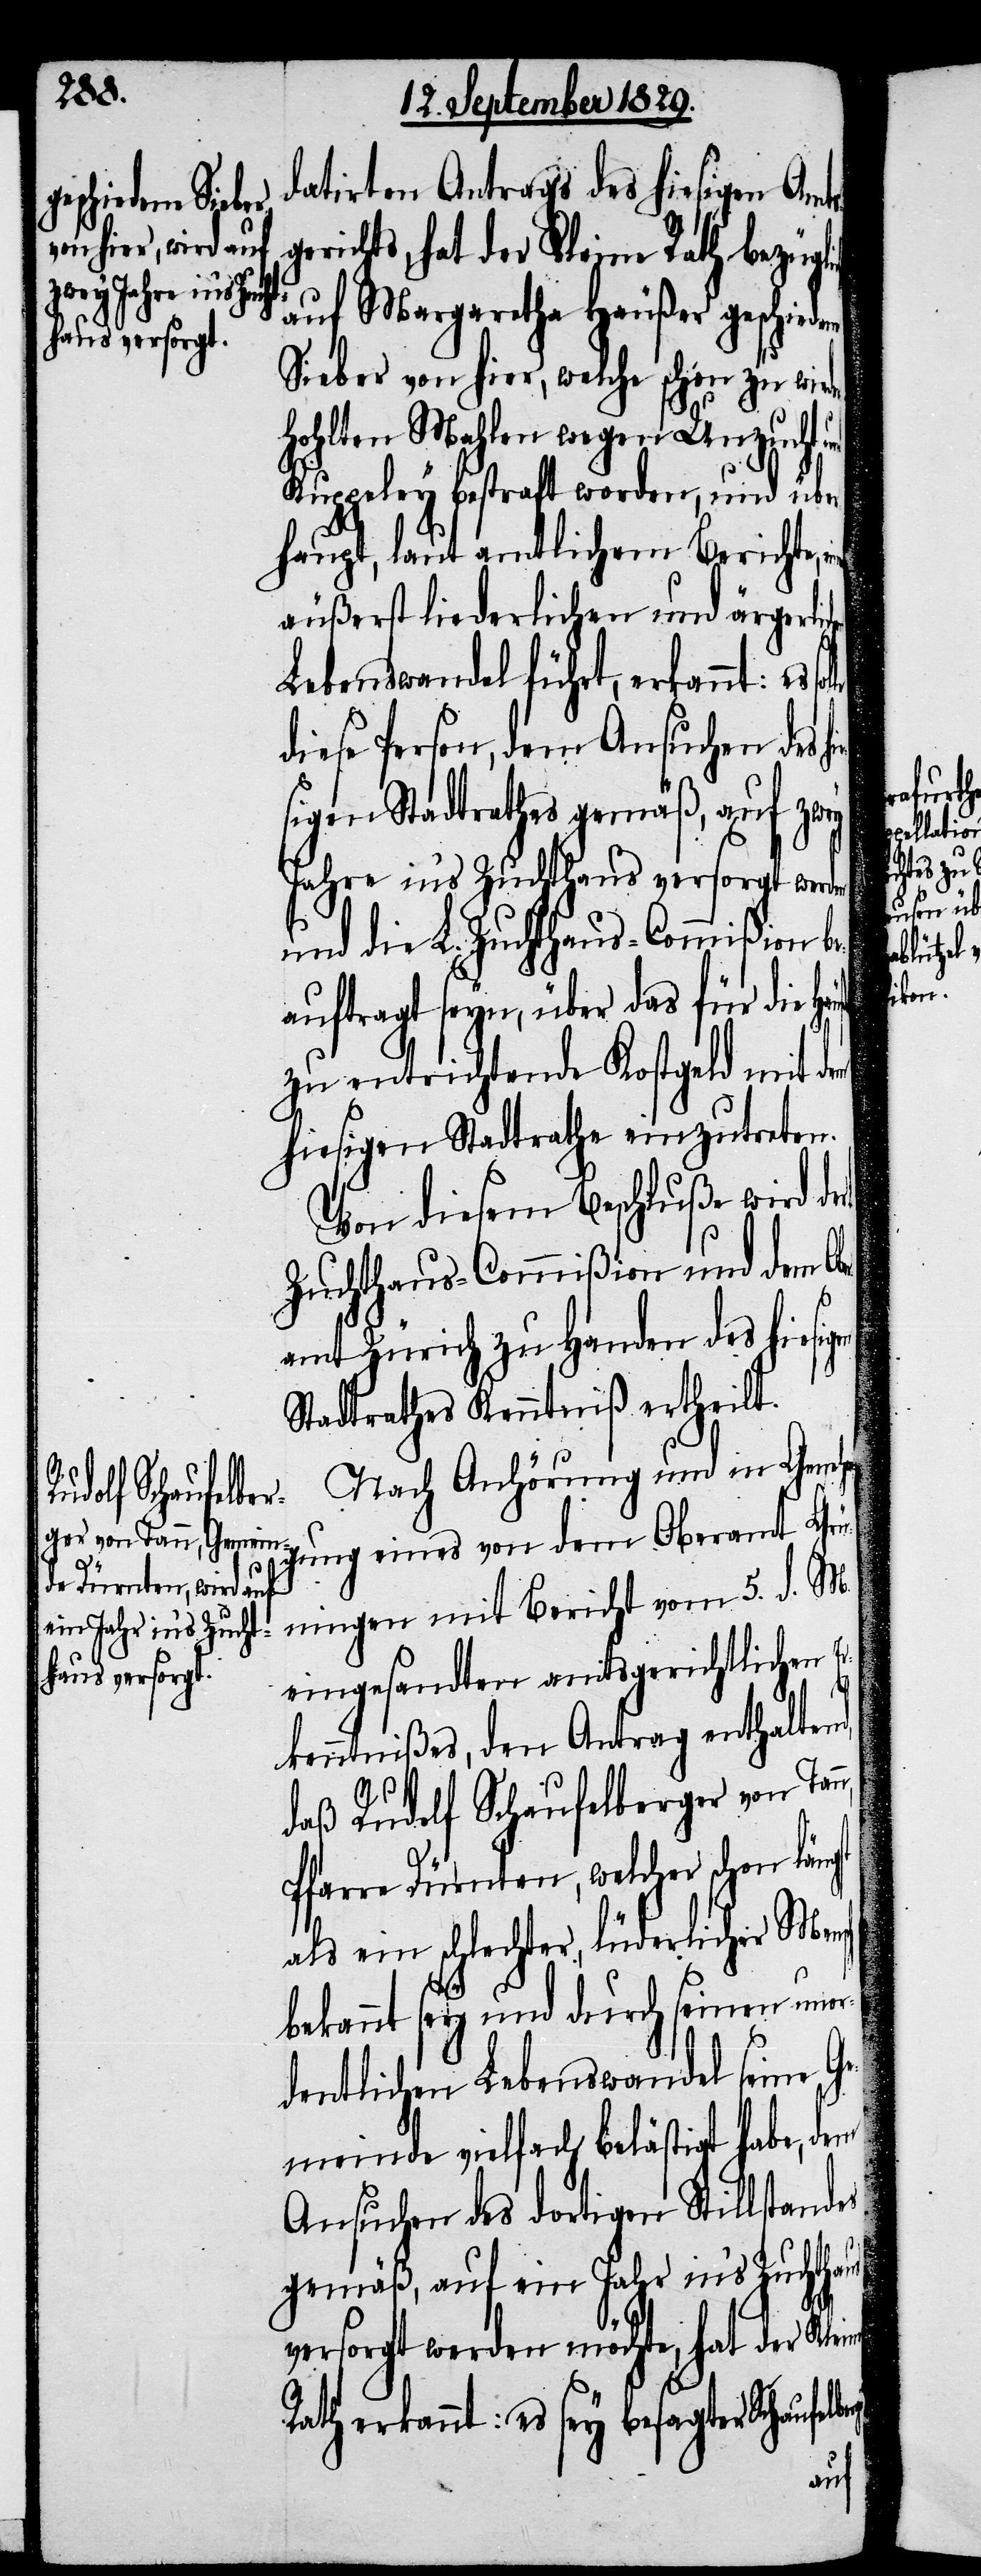
datirten Antrags des hiesigen Amts¬
richts, hat der Kleine Rath bezügl¬
auf Margaretha Häußer geschiede¬
Sieber von hier, welche schon zu wied¬
hohlten Mahlen wegen Unzucht
Kuppeley bestraft worden, und übe¬
rhaupt, laut amtlichem Berichte,
äußerst liederlichen und ärgerlic¬
Lebenswandel führt, erkannt:
sch
diese Person, dem Ansuchen des h¬
sigen Stadtrathes gemäß, auf zwey
Jahre in’s Zuchthaus versorgt werden
und die L. Zuchthaus-Commißion be¬
auftragt seyn, über das für die
zu entrichtende Kostgeld mit d¬
hiesigen Stadtrathe einzutreten.
Von diesem Beschluße wird der
Zuchthaus-Commißion und dem Ob¬
amt Zürich zu Handen des hiesig¬
Stadtrathes Kenntniß ertheilt.
Nach Anhörung und in Geneh¬
gung eines von dem Oberamt Grü¬
ningen mit Bericht vom 5. d. M.
eingesandten amtsgerichtlichen E¬
rkenntnißes, den Antrag enthaltend,
daß Rudolf Schaufelberger von Tan¬
Pfarre Dürnten, welcher schon läng¬
als ein schlechter, lüderlicher Men¬
bekannt sey und durch seinen unor¬
dentlichen Lebenswandel seine Ge¬
meinde vielfach belästigt habe, dem
Ansuchen des dortigen Stillstandes
gemäß, auf ein Jahr in’s Zuchthaus
versorgt werden möchte, hat der Kleine
Rath erkannt: es sey besagter Schaufelb¬

erger